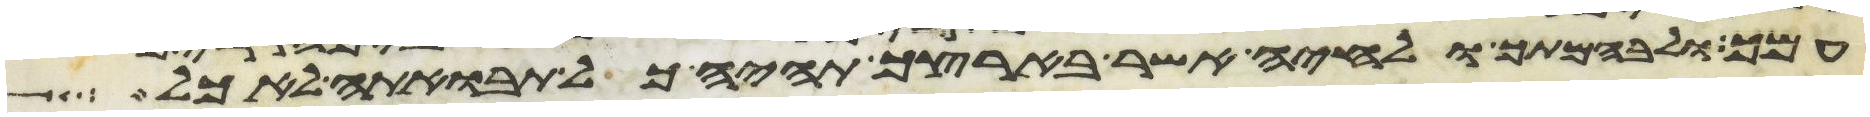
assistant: עמך ולבהמתך ולחיה אשר בארצך תהיה כל תבואתה לאכל